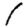
Digit: 1